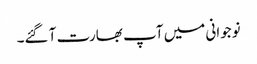
نوجوانی میں آپ بھارت آ گئے۔